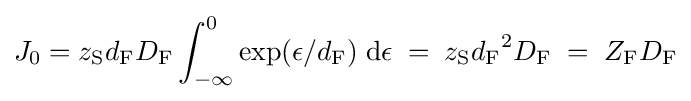
J_{0}=z_{\mathrm {S} }d_{\mathrm {F} }D_{\mathrm {F} }\int _{-\infty }^{0}\exp(\epsilon /d_{\mathrm {F} })\;\mathrm {d} \epsilon \;=\;z_{\mathrm {S} }{d_{\mathrm {F} }}^{2}D_{\mathrm {F} }\;=\;Z_{\mathrm {F} }D_{\mathrm {F} }